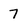
Character: 7